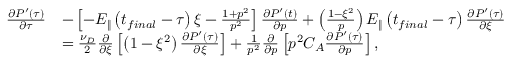
\begin{array} { r l } { \frac { \partial P ^ { \prime } \left( \tau \right) } { \partial \tau } } & { - \left[ - E _ { \Vert } \left( t _ { f i n a l } - \tau \right) \xi - \frac { 1 + p ^ { 2 } } { p ^ { 2 } } \right] \frac { \partial P ^ { \prime } \left( t \right) } { \partial p } + \left( \frac { 1 - \xi ^ { 2 } } { p } \right) E _ { \Vert } \left( t _ { f i n a l } - \tau \right) \frac { \partial P ^ { \prime } \left( \tau \right) } { \partial \xi } } \\ & { = \frac { \nu _ { D } } { 2 } \frac { \partial } { \partial \xi } \left[ \left( 1 - \xi ^ { 2 } \right) \frac { \partial P ^ { \prime } \left( \tau \right) } { \partial \xi } \right] + \frac { 1 } { p ^ { 2 } } \frac { \partial } { \partial p } \left[ p ^ { 2 } C _ { A } \frac { \partial P ^ { \prime } \left( \tau \right) } { \partial p } \right] , } \end{array}